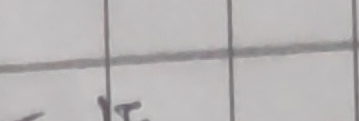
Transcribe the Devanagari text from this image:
ल